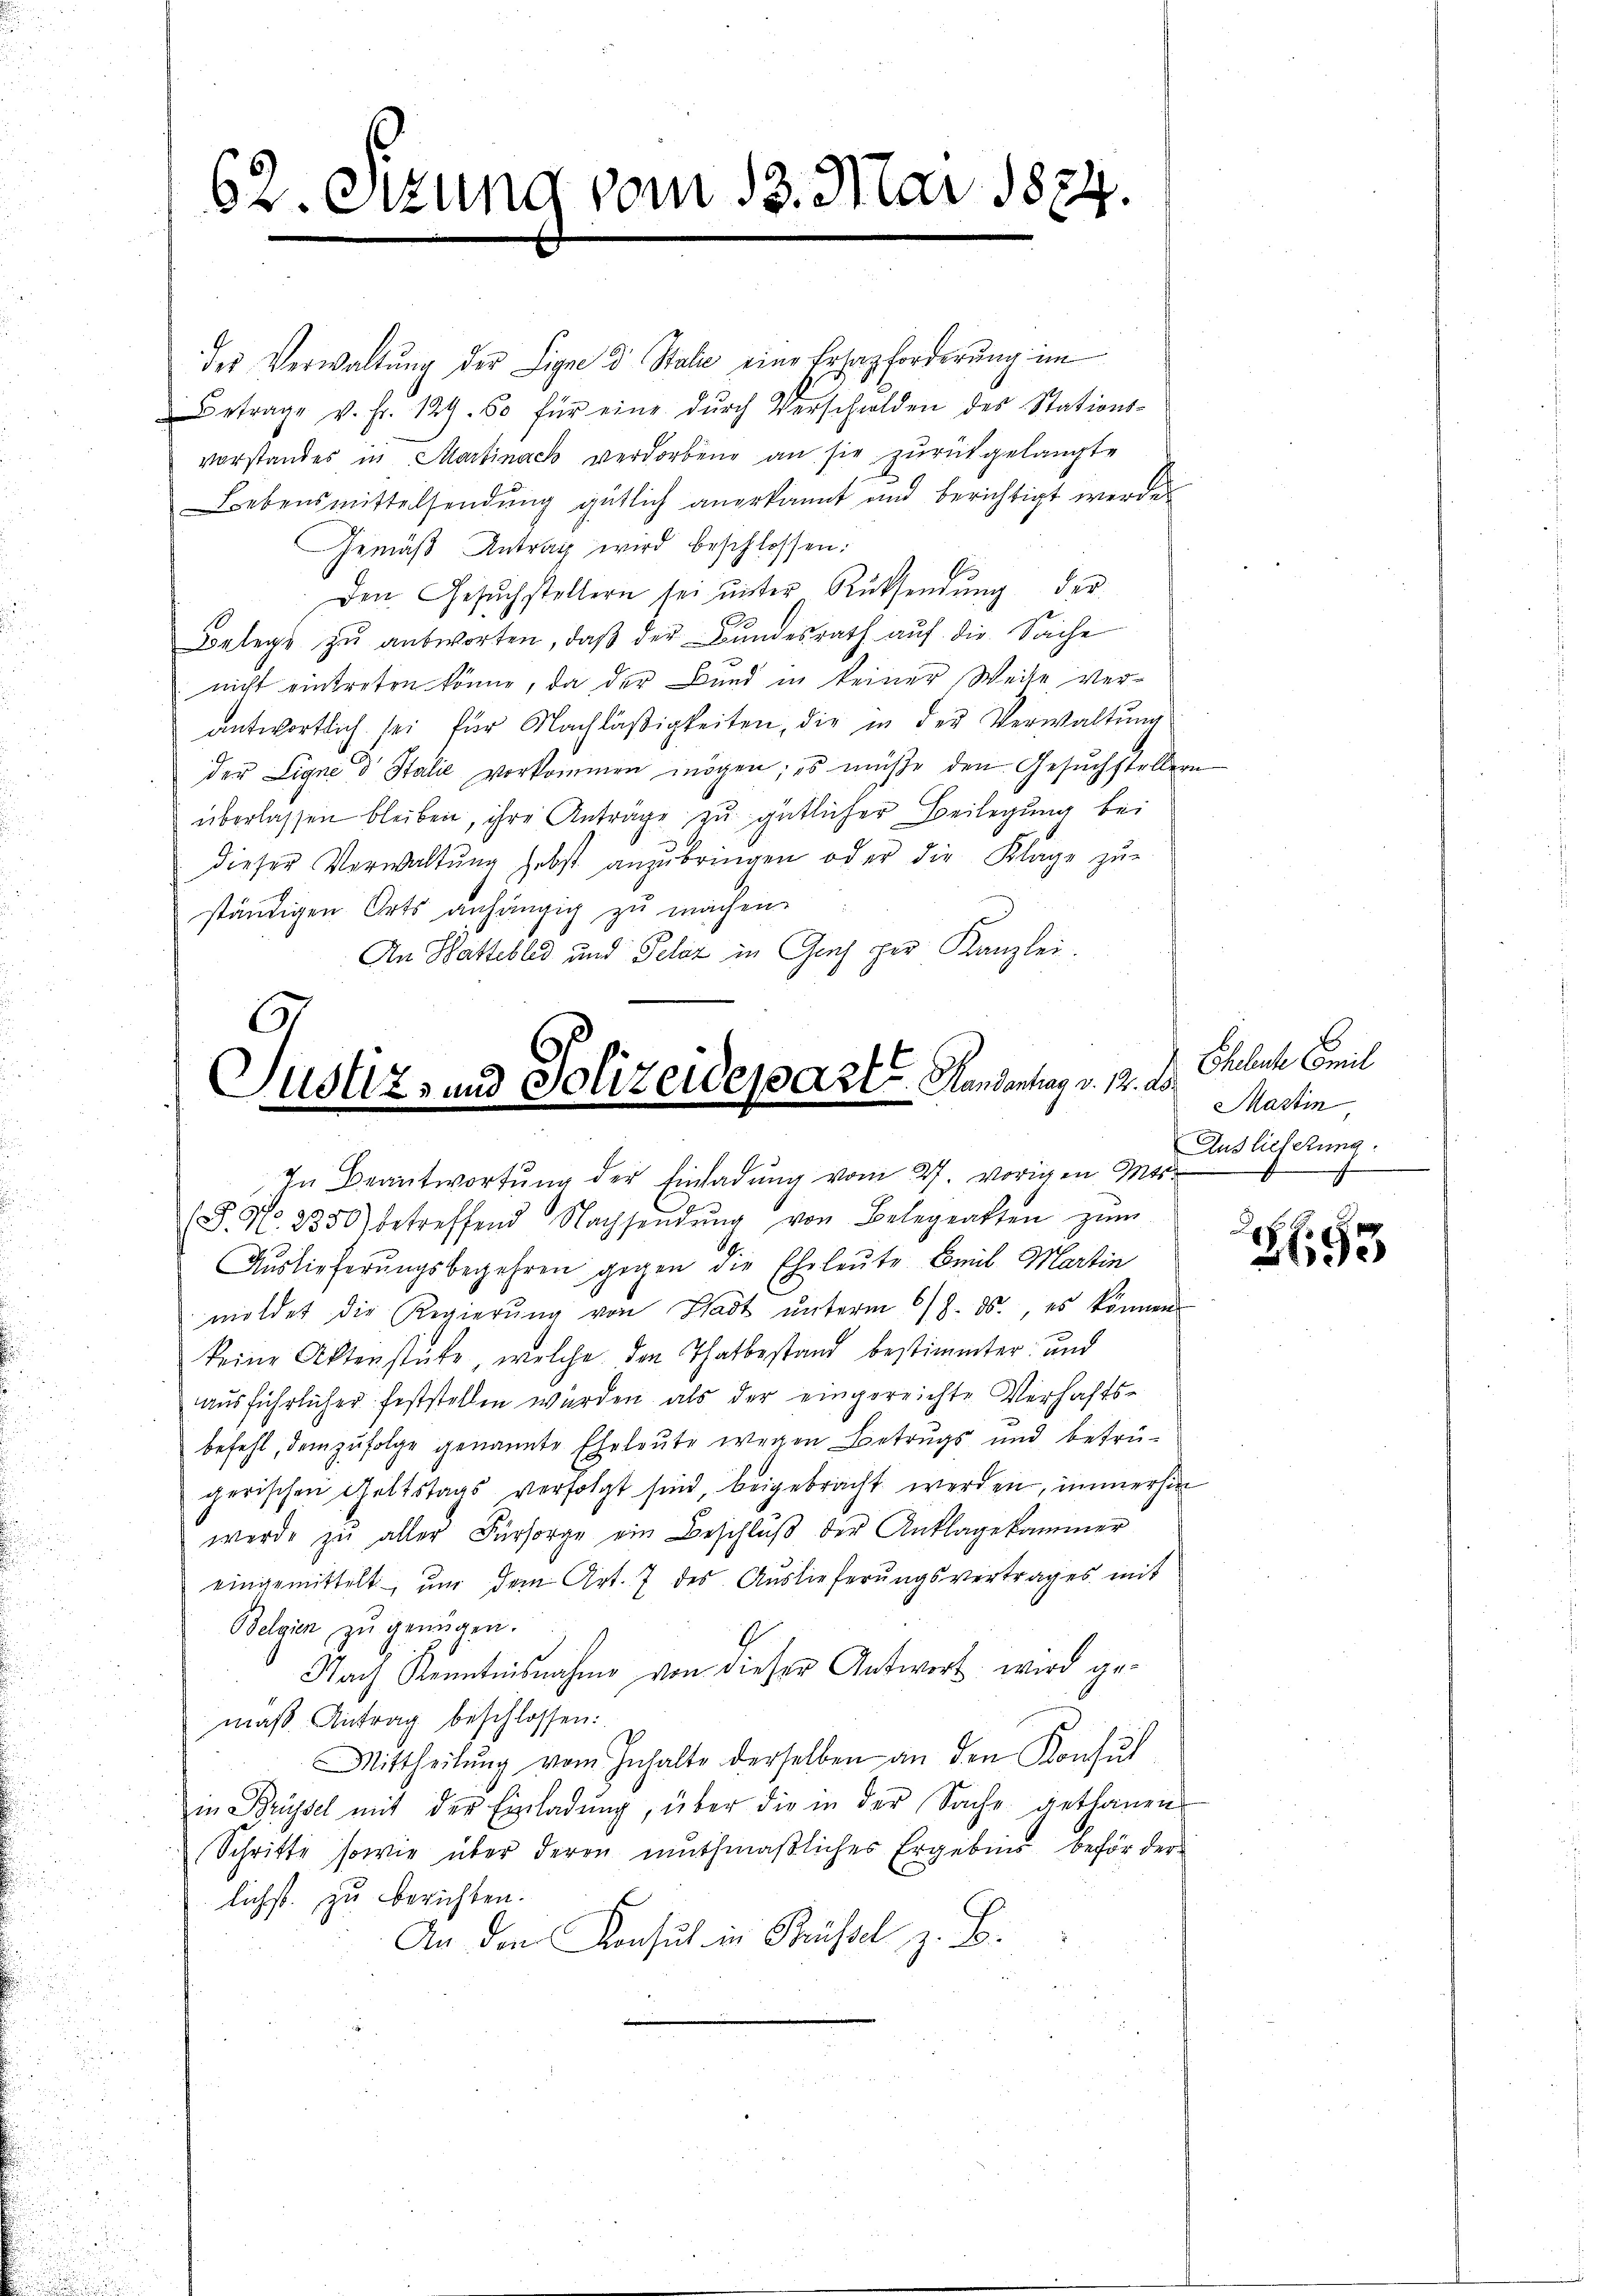
62. Sitzung vom 13. Mai 1874.

des Verwaltung der Signe & Stati eine Erhazforderung im
 Betrage v. Fr. 129. 50 für eine dŭrch Verschilden des Stations-
vorstandes in Martinack verdorbene an sie zurückgelangte
Lebensmittelsendung gütlich anerkannt und berichtigt werden
Gemäβ Antrag wird beschlossen:
Den Gesŭchstellern sei ŭnter Rücksendŭng der
Belege zu antworten, daß der Bundesrath auf die Sache
nicht eintreten könne, da der Bund in keiner Weise verantwortlich sei für Nachläßigkeiten, die in der Verwaltung
der Ligne d Stalie vorkommen mögen; es müße den Gesuchstellern
überlassen bleiben, ihre Anträge zu gütlicher Beilegung bei
dieser Verwaltŭng hebst anzŭbringen oder die Klage zu-
ständigen Orts anhängig zu machen.
An Wattebled und Pelz in Gach per Kanzlei.

Justiz- und Polizeideparte Handerung v. 12. der Eheleuche Comil
In Beantwortung der Einladung vom 27. vorigen Mts.

(S. No. 2350) betreffend Nachsendŭng von Belegatten zŭm
Auslieferungsbegehren gegen die Eheleute Emil Martin
moldet die Regierŭng von Stadt ŭnterm 6/8. ds., es können
keine Aktenstücke, welche den Thatbestand bestimmter und
ausführlicher feststellen werden, als der eingereichte Verhaftsbefehl, demzufolge genannte Eheleute wegen Betrugs und betrügerischen Geltstags verfolgt sind, beigebracht werden, immerhin
werde zu aller Fürsorge ein Beschlŭβ der Anklagekammer
eingemittelt, um dem Art. 7 des Auslieferungsvertrages mit
Belgien zŭ genügen.
Nach Kenntnisnahme von dieser Antwort wird gemaß-Antrag beschlossen:
Mittheilŭng vom Inhalte derselben an den Konsul
in Brüssel mit der Einladŭng, über die in der Sache gethanen
Schritte sowie über deren muthmaßliches Ergebnis beförder
lichst. zu berichten.
An den Konsul in Brüssel z. B.

Martin
Auslieferung.

Z93